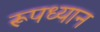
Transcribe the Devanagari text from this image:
रूपध्यान